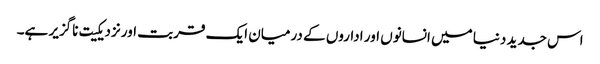
اس جدید دنیا میں انسانوں اور اداروں کے درمیان ایک قربت اور نزدیکیت ناگزیر ہے۔